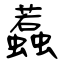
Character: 蠚